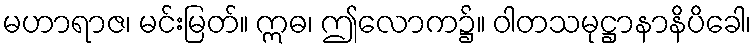
မဟာရာဇ၊ မင်းမြတ်။ ဣဓ၊ ဤလောက၌။ ဝါတသမုဋ္ဌာနာနိပိခေါ၊